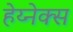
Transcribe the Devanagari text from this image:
हेय्नेक्स